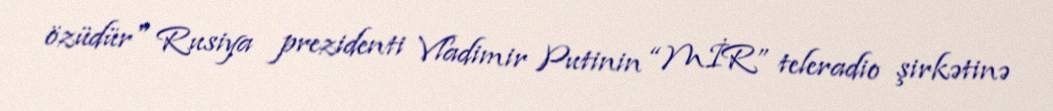
özüdür" Rusiya prezidenti Vladimir Putinin “MİR” teleradio şirkətinə